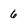
Character: 6